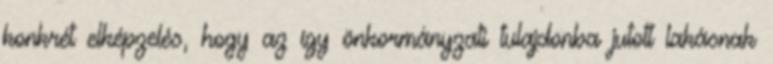
konkrét elképzelés, hogy az így önkormányzati tulajdonba jutott lakásnak